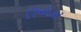
રિએકટ